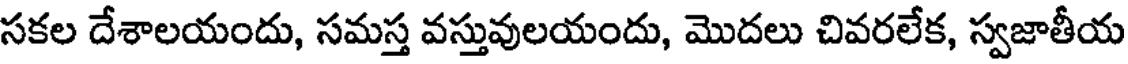
సకల దేశాలయందు, సమస్త వస్తువులయందు, మొదలు చివరలేక, స్వజాతీయ